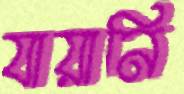
যায়ানি